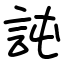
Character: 訰